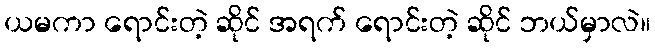
ယမကာ ရောင်းတဲ့ ဆိုင် အရက် ရောင်းတဲ့ ဆိုင် ဘယ်မှာလဲ။